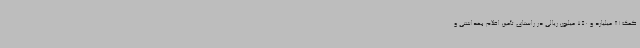
کمک 81 میلیارد و 750 میلیون ریالی در راستای تأمین اقلام بهداشتی و